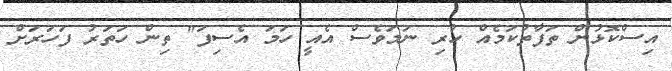
އިސްކޮޅުން ތަފާތުކަމެއް ހުރި ނަމަވެސް އެއީ ހަމަ އެސިފަ" ތިން ހަތަރު ފަހަރަށް